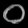
Digit: ၀